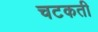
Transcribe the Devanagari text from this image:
चटकती